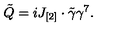
\tilde { Q } = i J _ { [ 2 ] } \cdot \tilde { \gamma } \gamma ^ { 7 } .